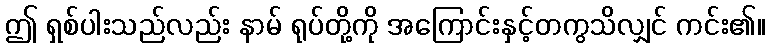
ဤ ရှစ်ပါးသည်လည်း နာမ် ရုပ်တို့ကို အကြောင်းနှင့်တကွသိလျှင် ကင်း၏။